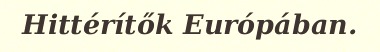
Hittérítők Európában.